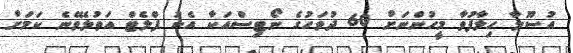
އުސޫލާ ހިލާފުވާ މީހުންނަށް 60 ދުވަހުގެ ނޯޓިސްއަކާ އެކު ފްލެޓް އަތުލެވޭނެ ކަމަށް